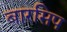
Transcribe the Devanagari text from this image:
बारसिप